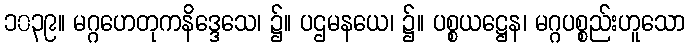
၁၀၃၉။ မဂ္ဂဟေတုကနိဒ္ဒေသေ၊ ၌။ ပဌမနယေ၊ ၌။ ပစ္စယဋ္ဌေန၊ မဂ္ဂပစ္စည်းဟူသော